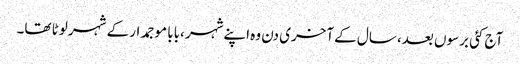
آج کئی برسوں بعد، سال کے آخری دن وہ اپنےشہر ،بابا موجمدار کے شہر لوٹا تھا۔